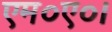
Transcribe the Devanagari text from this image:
एम०ए०।